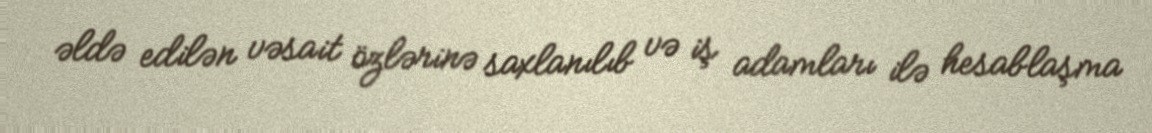
əldə edilən vəsait özlərinə saxlanılıb və iş adamları ilə hesablaşma